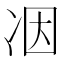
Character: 𠗃